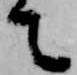
て